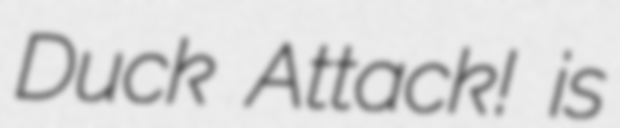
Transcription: Duck Attack! is